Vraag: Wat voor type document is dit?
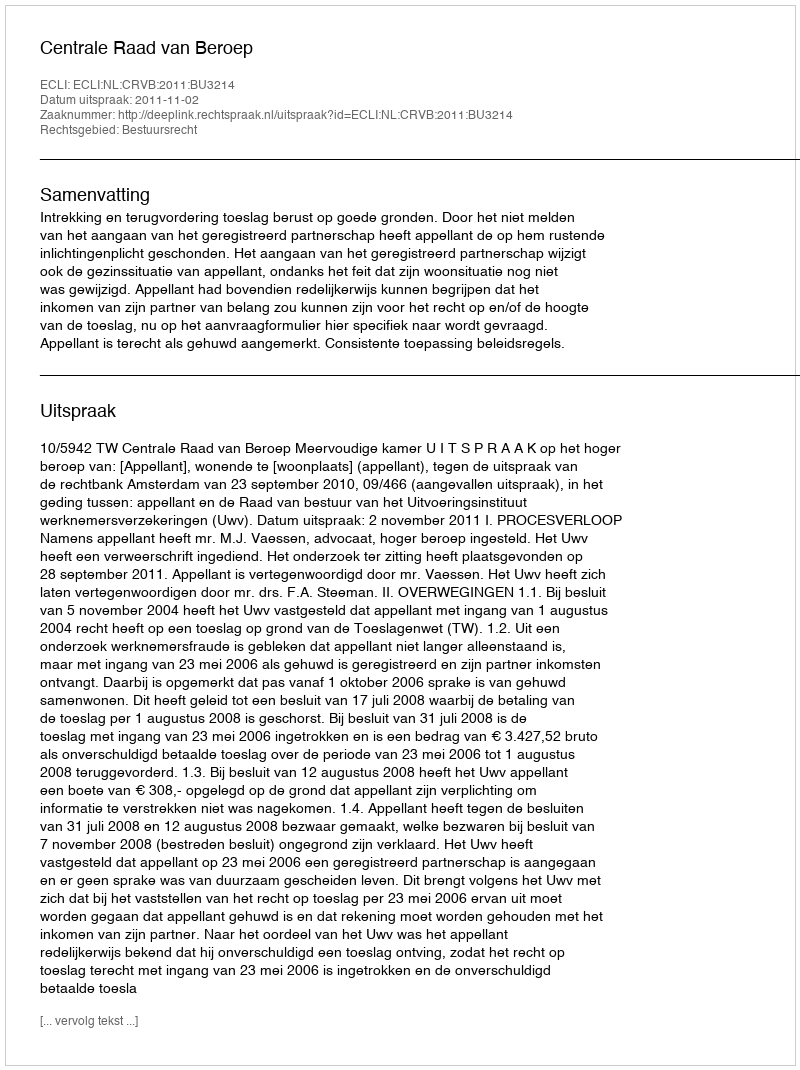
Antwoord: Uitspraak